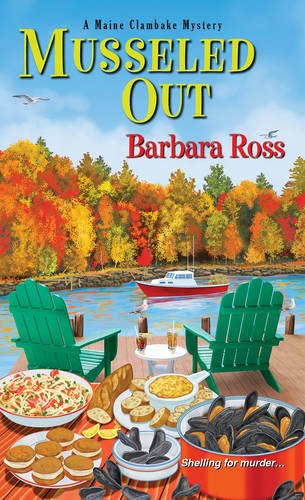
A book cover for Musseled Out (A Maine Clambake Mystery); Barbara Ross; Mystery, Thriller & Suspense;